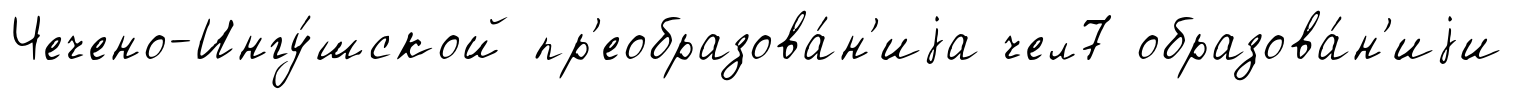
Чечено-Ингу́шской пр'еобразова́н'иjа чел7 образова́н'иjи